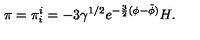
\pi = \pi _ { i } ^ { i } = - 3 \gamma ^ { 1 / 2 } e ^ { - \frac { 3 } { 2 } ( \phi - \tilde { \phi } ) } H .